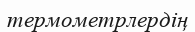
термометрлердің